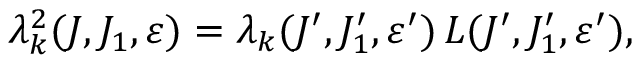
\lambda _ { k } ^ { 2 } ( J , J _ { 1 } , \varepsilon ) = \lambda _ { k } ( J ^ { \prime } , J _ { 1 } ^ { \prime } , \varepsilon ^ { \prime } ) \, L ( J ^ { \prime } , J _ { 1 } ^ { \prime } , \varepsilon ^ { \prime } ) ,